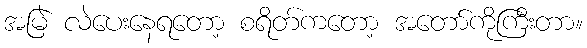
အမြဲ လဲပေးနေရတော့ စရိတ်ကတော့ အတော်ကိုကြီးတာ။